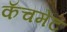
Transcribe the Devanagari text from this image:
कॅचमेंट